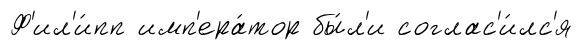
Ф'ил'и́пп имп'ера́тор бы́л'и соглас'и́лс'я